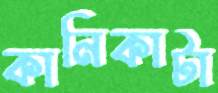
কানিকাটা